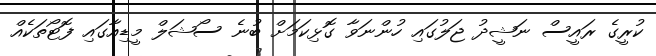
ކުރީގެ ރައީސް ނަޝީދު ޖަލުގައި ހުންނަވާ ގޮޅިކަމަށް ބުނެ ސޯޝަލް މީޑިއާގައި ފޮޓޯތަކެއް